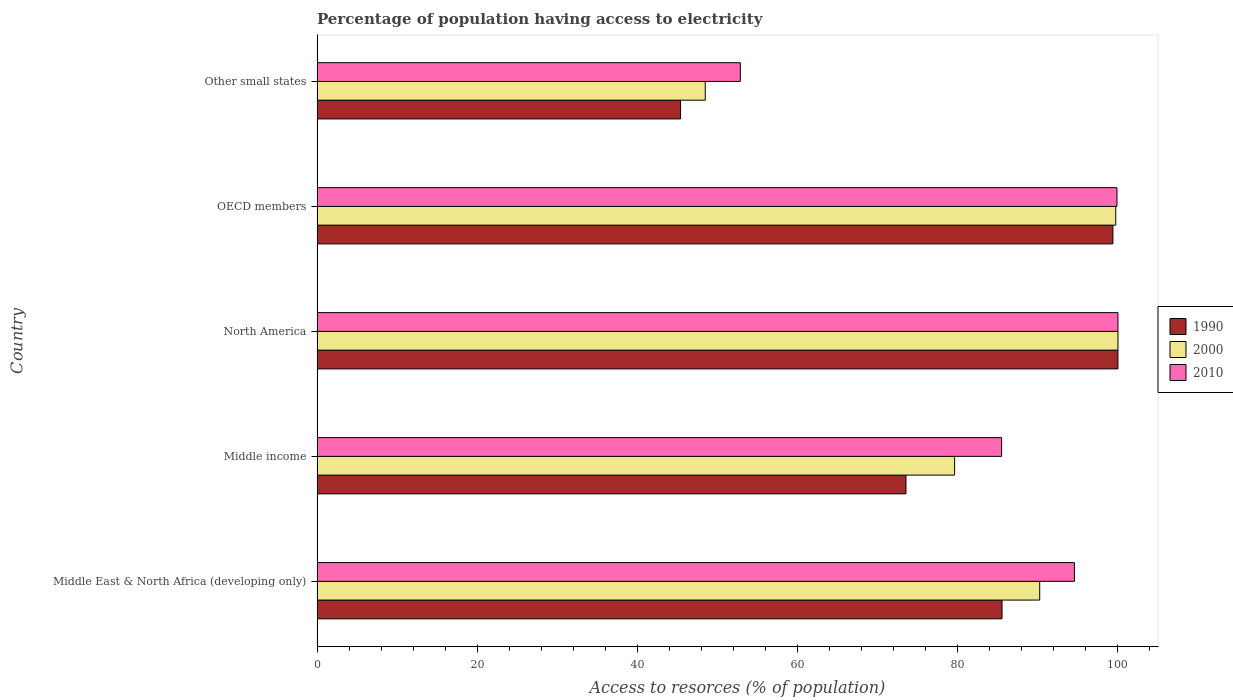
| Country | 1990 | 2000 | 2010 |
 | --- | --- | --- | --- |
 | Middle East & North Africa (developing only) | 85.5 | 90.2 | 94.6 |
 | Middle income | 73.5 | 79.6 | 85.5 |
 | North America | 100 | 100 | 100 |
 | OECD members | 99.4 | 99.7 | 99.9 |
 | Other small states | 45.4 | 48.5 | 52.8 |